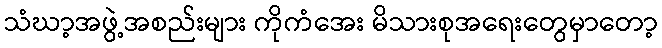
သံဃာ့အဖွဲ့အစည်းများ ကိုကံအေး မိသားစုအရေးတွေမှာတော့